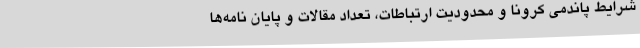
شرایط پاندمی کرونا و محدودیت ارتباطات، تعداد مقالات و پایان نامه‌ها